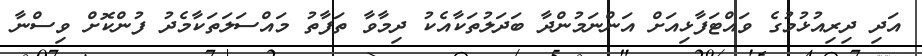
އަދި ދިރިއުޅުމުގެ ވައްޓަފާޅިއަށް އަންނަމުންދާ ބަދަލުތަކާއެކު ދިމާވާ ތަފާތު މައްސަލަތަކާމެދު ފުންކޮށް ވިސްނާ